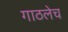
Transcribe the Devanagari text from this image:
गाठलेच